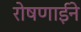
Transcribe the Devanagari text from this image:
रोषणाईने